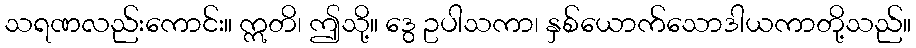
သရဏလည်းကောင်း။ ဣတိ၊ ဤသို့။ ဒွေ ဥပါသကာ၊ နှစ်ယောက်သောဒါယကာတို့သည်။